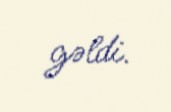
gəldi.